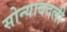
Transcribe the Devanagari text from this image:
सोन्याबदली